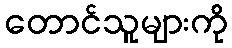
တောင်သူများကို